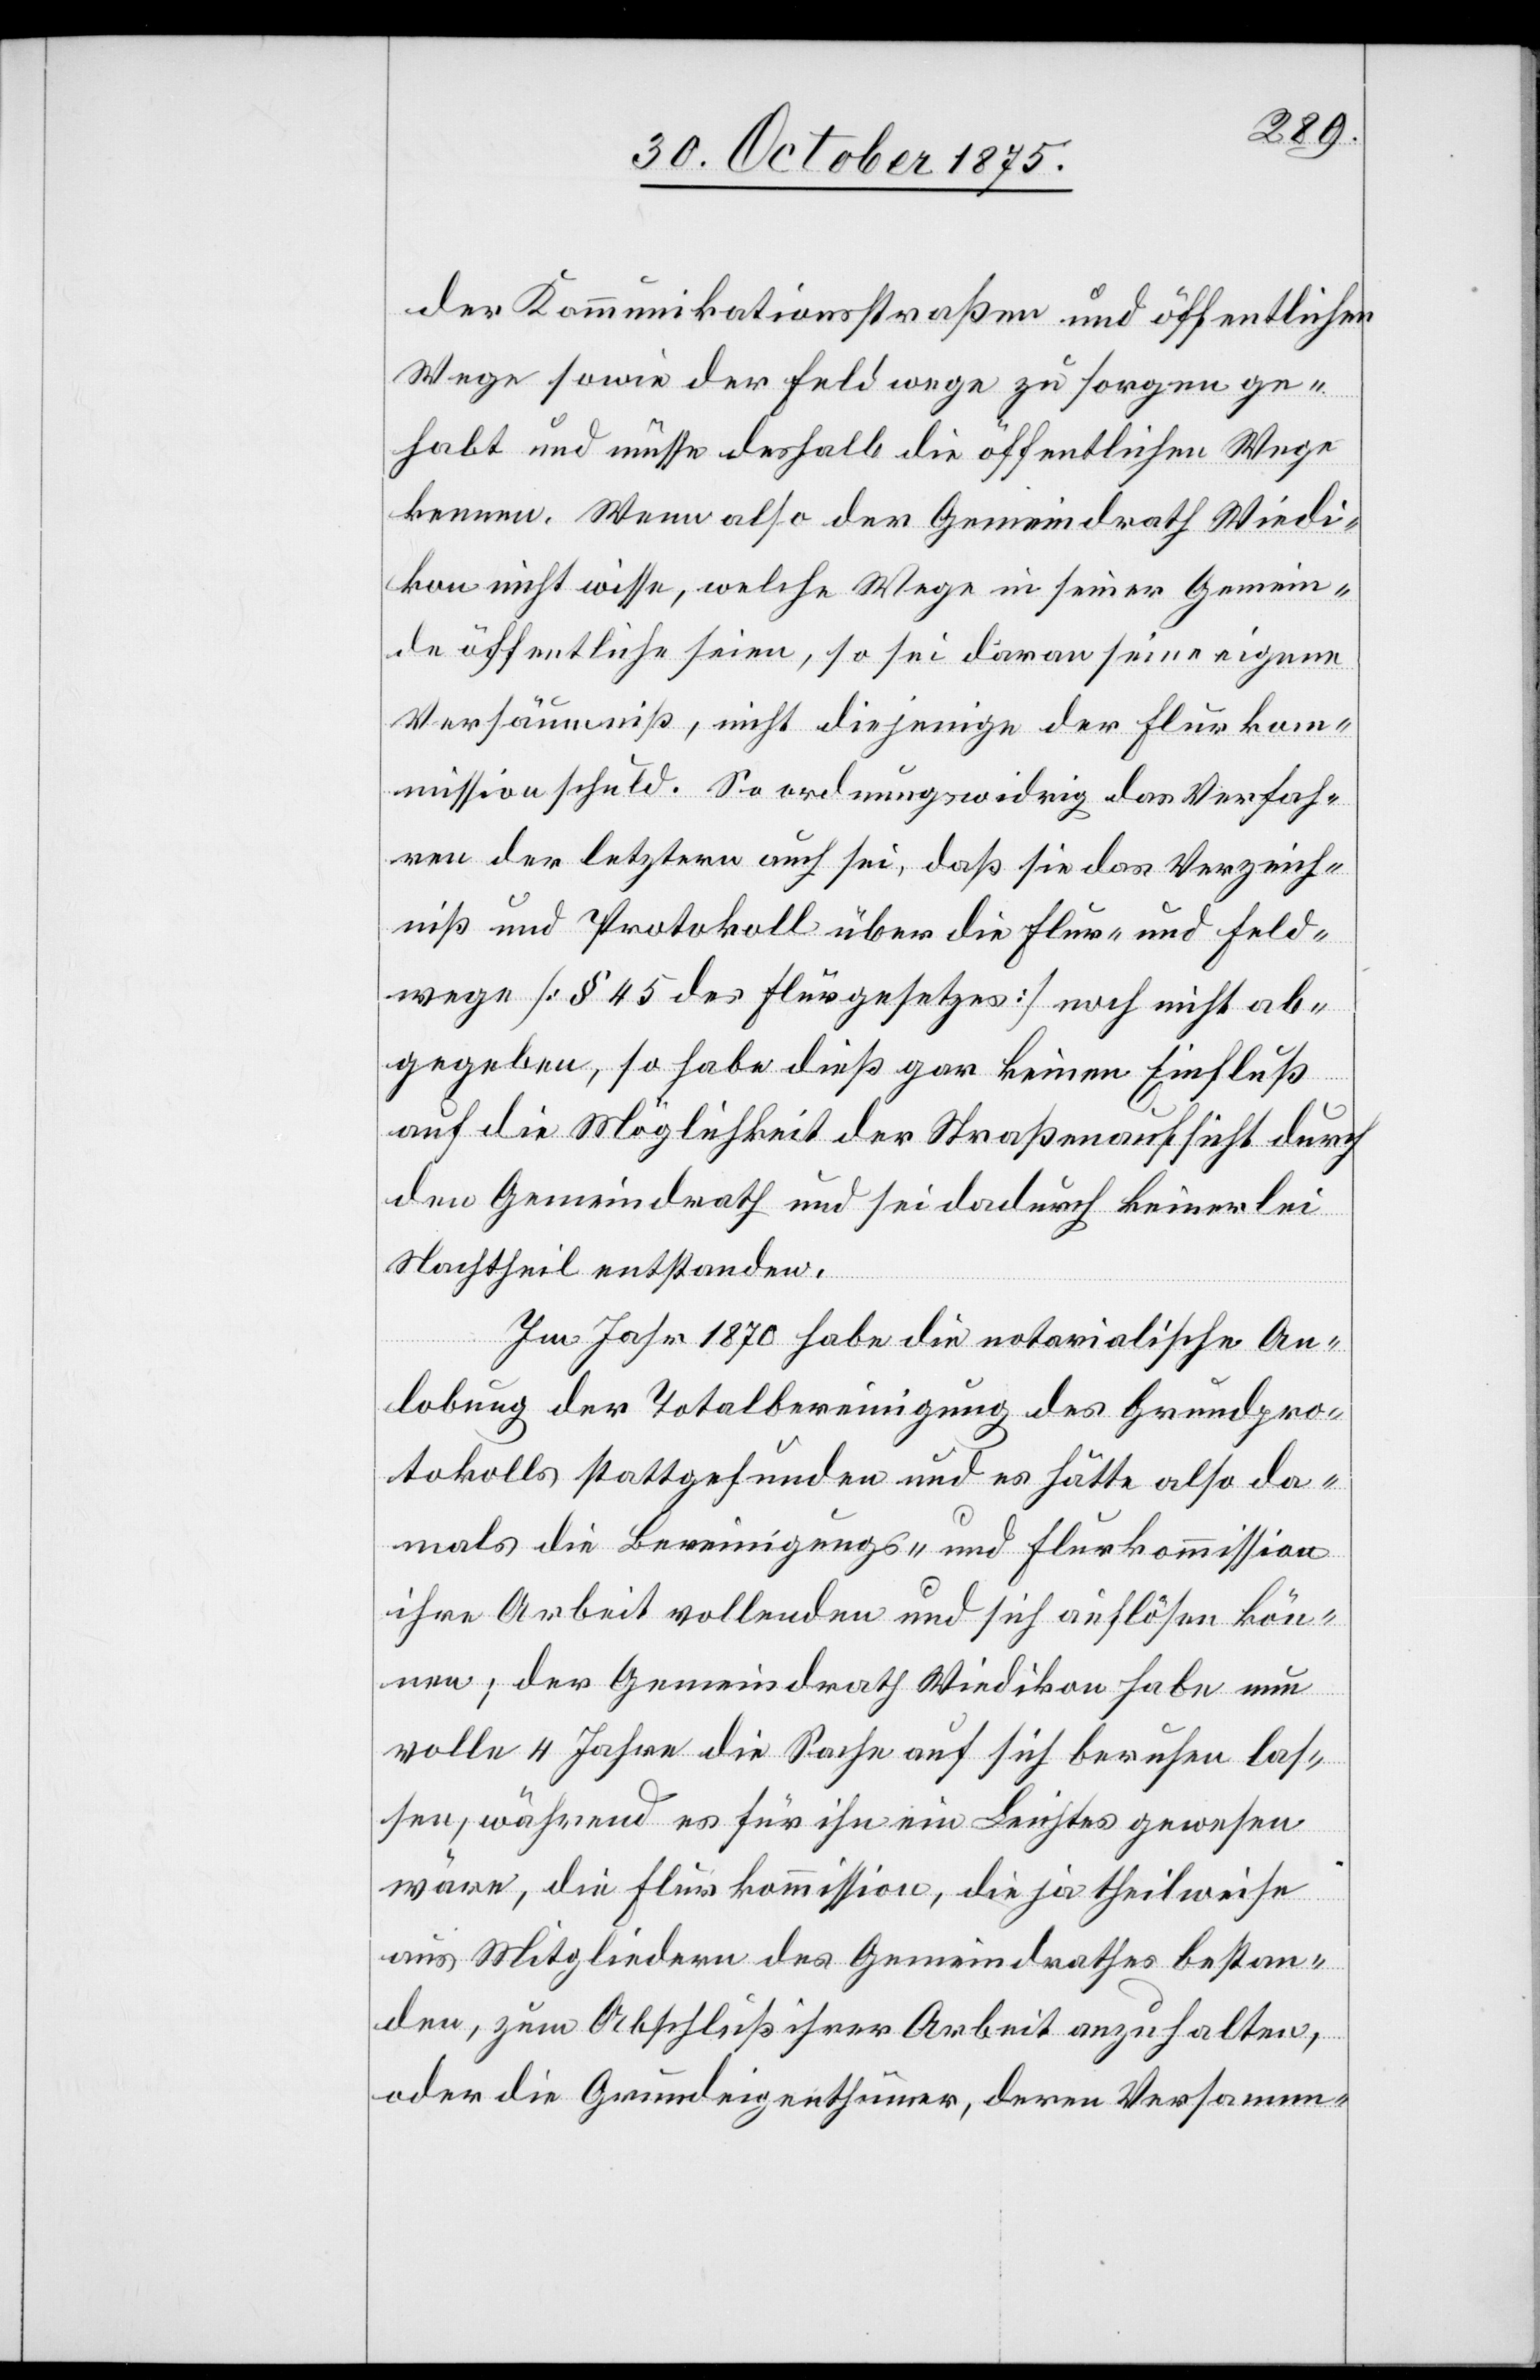
der Kommunikationsstraßen und öffentlichen
Wege sowie der Feldwege zu sorgen ge¬
habt und müsse deshalb die öffentlichen Wege
kennen. Wenn also der Gemeindrath Wiedi¬
kon nicht wisse, welche Wege in seiner Gemein¬
de öffentliche seien, so sei daran seine eigene
Versäumniß, nicht diejenige der Flurko¬
mmission schuld. So ordnungswidrig das Verfah¬
ren der letztern auch sei, daß sie das Verzeich¬
niß und Protokoll über die Flur- und Feld¬
wege [§ 45 des Flurgesetzes] noch nicht ab¬
gegeben, so habe dieß gar keinen Einfluß
auf die Möglichkeit der Straßenaufsicht durch
den Gemeindrath und sei dadurch keinerlei
Nachtheil entstanden.
Im Jahr 1870 habe die notarialische An¬
lobung der Totalbereinigung des Grundpro¬
tokolls stattgefunden und es hätte also da¬
mals die Bereinigungs- und Flurkommission
ihre Arbeit vollenden und sich auflösen kön¬
nen; der Gemeindrath Wiedikon habe nun
volle 4 Jahre die Sache auf sich beruhen las¬
sen, während es für ihn ein Leichtes gewesen
wäre, die Flurkommission, die ja theilweise
aus Mitgliedern des Gemeindrathes bestan¬
den, zum Abschluß ihrer Arbeit anzuhalten,
oder die Grundeigenthümer, deren Versamm-